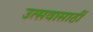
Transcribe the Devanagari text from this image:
उत्सवासाठीं